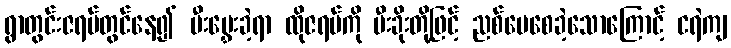
ရွာတွင်းဇရပ်တွင်နေ၍ မီးမွှေးခဲ့ရာ ထိုဇရပ်ကို မီးခိုးတို့ဖြင့် ညစ်ပေစေခဲ့သောကြောင့် ငရဲကျ